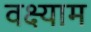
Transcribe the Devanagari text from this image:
वक्ष्याम